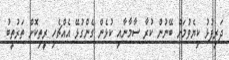
ދަރިފުޅު ކިޔެވުމަށް ބޭނުން ކުރާ ސާމާނާއި ކުޅެން ގެންގުޅޭ އެއްޗެހި ރީތިކޮށް ތަރުތީބު